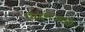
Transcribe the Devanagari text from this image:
विदशेआधी